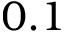
0 . 1